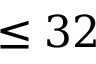
\le 3 2